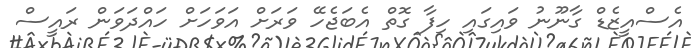
އެސްއީޒެޑް ގާނޫނު ވައިގައި ހިފާ ގޮތް އެބަޖެހޭ ވަރަށް އަވަހަށް ހައްދަވަން ރައީސް